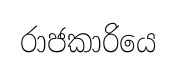
රාජකාරියෙ